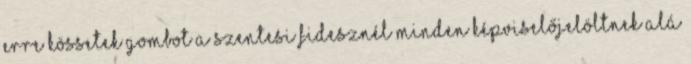
erre kössetek gombot A szentesi FIDESZnél minden képviselőjelöltnek alá